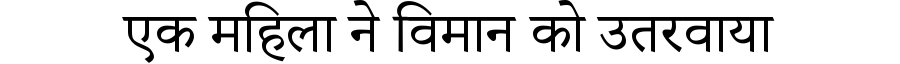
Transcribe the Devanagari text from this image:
एक महिला ने विमान को उतरवाया